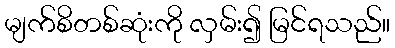
မျက်စိတစ်ဆုံးကို လှမ်း၍ မြင်ရသည်။